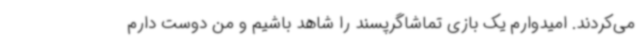
می‌کردند. امیدوارم یک بازی تماشاگرپسند را شاهد باشیم و من دوست دارم